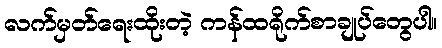
လက်မှတ်ရေးထိုးတဲ့ ကန်ထရိုက်စာချုပ်တွေပါ။